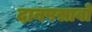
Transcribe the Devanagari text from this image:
दानपसावो